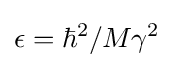
\epsilon =\hbar ^{2}/M\gamma ^{2}